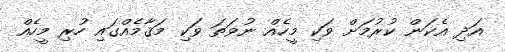
އަދި އެކަން ކުރުމަށް ވަކި މީހެއް ނުވަތަ ވަކި މަޤާމެއްގައި ހުރި މީހެއް